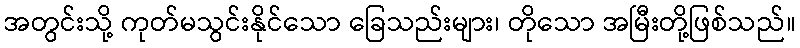
အတွင်းသို့ ကုတ်မသွင်းနိုင်သော ခြေသည်းများ၊ တိုသော အမြီးတို့ဖြစ်သည်။